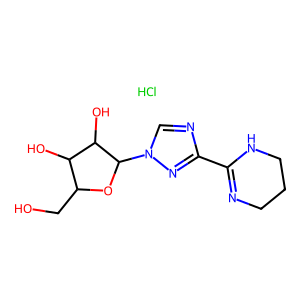
SMILES: Cl.OCC1OC(n2cnc(C3=NCCCN3)n2)C(O)C1O
Inhibits HIV replication: No